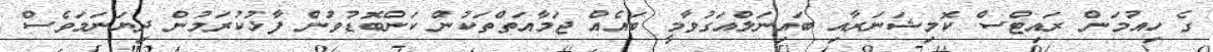
ގެ ހިއުމަން ރައިޓްސް ކޮމިޝަނަރާއި ބައިނަލްއަގުވާމީ ބައެއް ޖަމާއަތްތަކުން ކަންބޮޑުވުން ފާޅުކުރަމުން ދިޔަނަމަވެސް